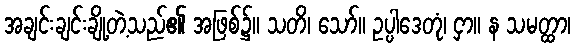
အချင်းချင်းချို့တဲ့သည်၏ အဖြစ်၌။ သတိ၊ သော်။ ဥပ္ပါဒေတုံ၊ ငှာ။ န သမတ္ထာ၊